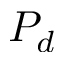
P _ { d }